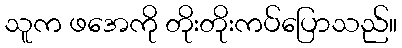
သူက ဖအေကို တိုးတိုးကပ်ပြောသည်။